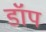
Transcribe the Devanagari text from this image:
डॉप